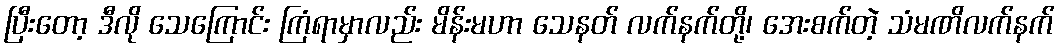
ပြီးတော့ ဒီလို သေကြောင်း ကြံရာမှာလည်း မိန်းမဟာ သေနတ် လက်နက်တို့၊ အေးစက်တဲ့ သံမဏိလက်နက်